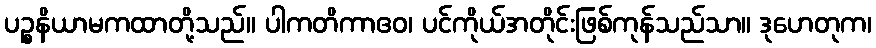
ပဉ္စနိယာမကထာတို့သည်။ ပါကတိကာဧဝ၊ ပင်ကိုယ်အတိုင်းဖြစ်ကုန်သည်သာ။ ဒုဟေတုက၊